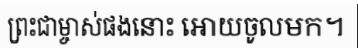
ព្រះជាម្ចាស់ផងនោះ អោយចូលមក។